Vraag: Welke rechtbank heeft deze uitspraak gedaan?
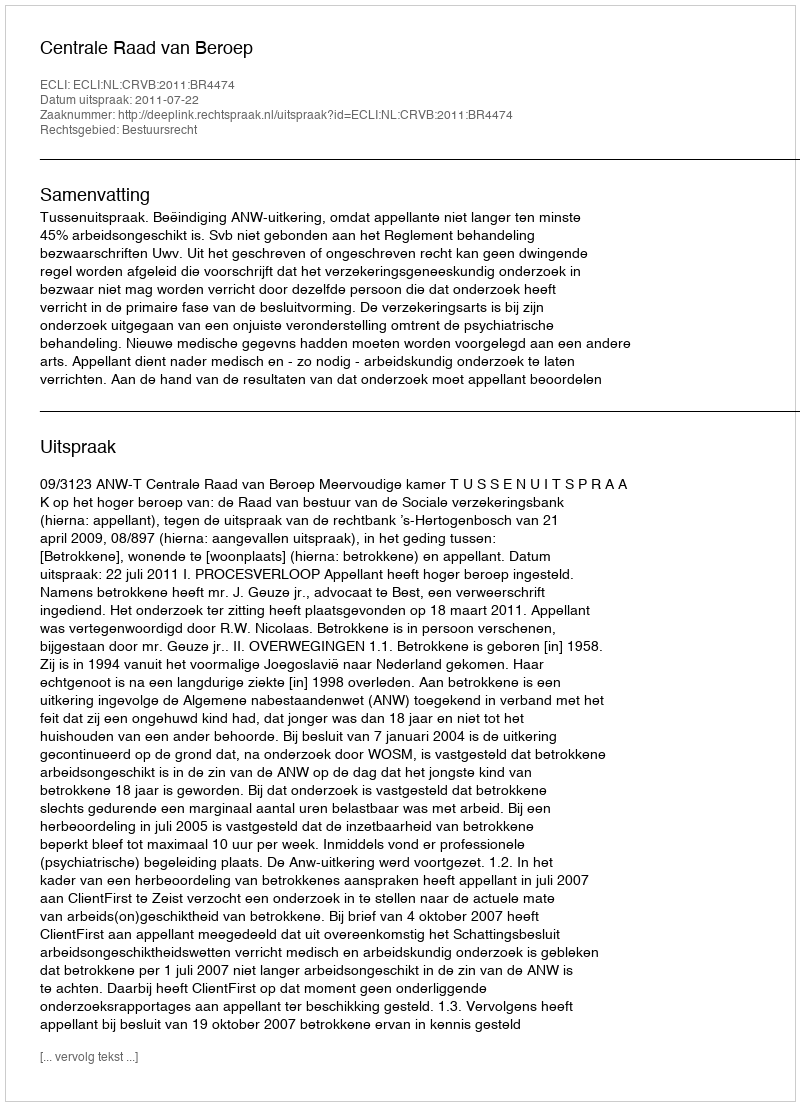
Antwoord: Centrale Raad van Beroep